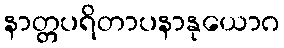
နာတ္တပရိတာပနာနုယောဂ